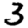
Digit: 3